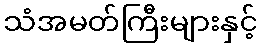
သံအမတ်ကြီးများနှင့်